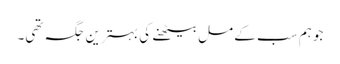
جو ہم سب کے مل بیٹھنے کی بہترین جگہ تھی۔